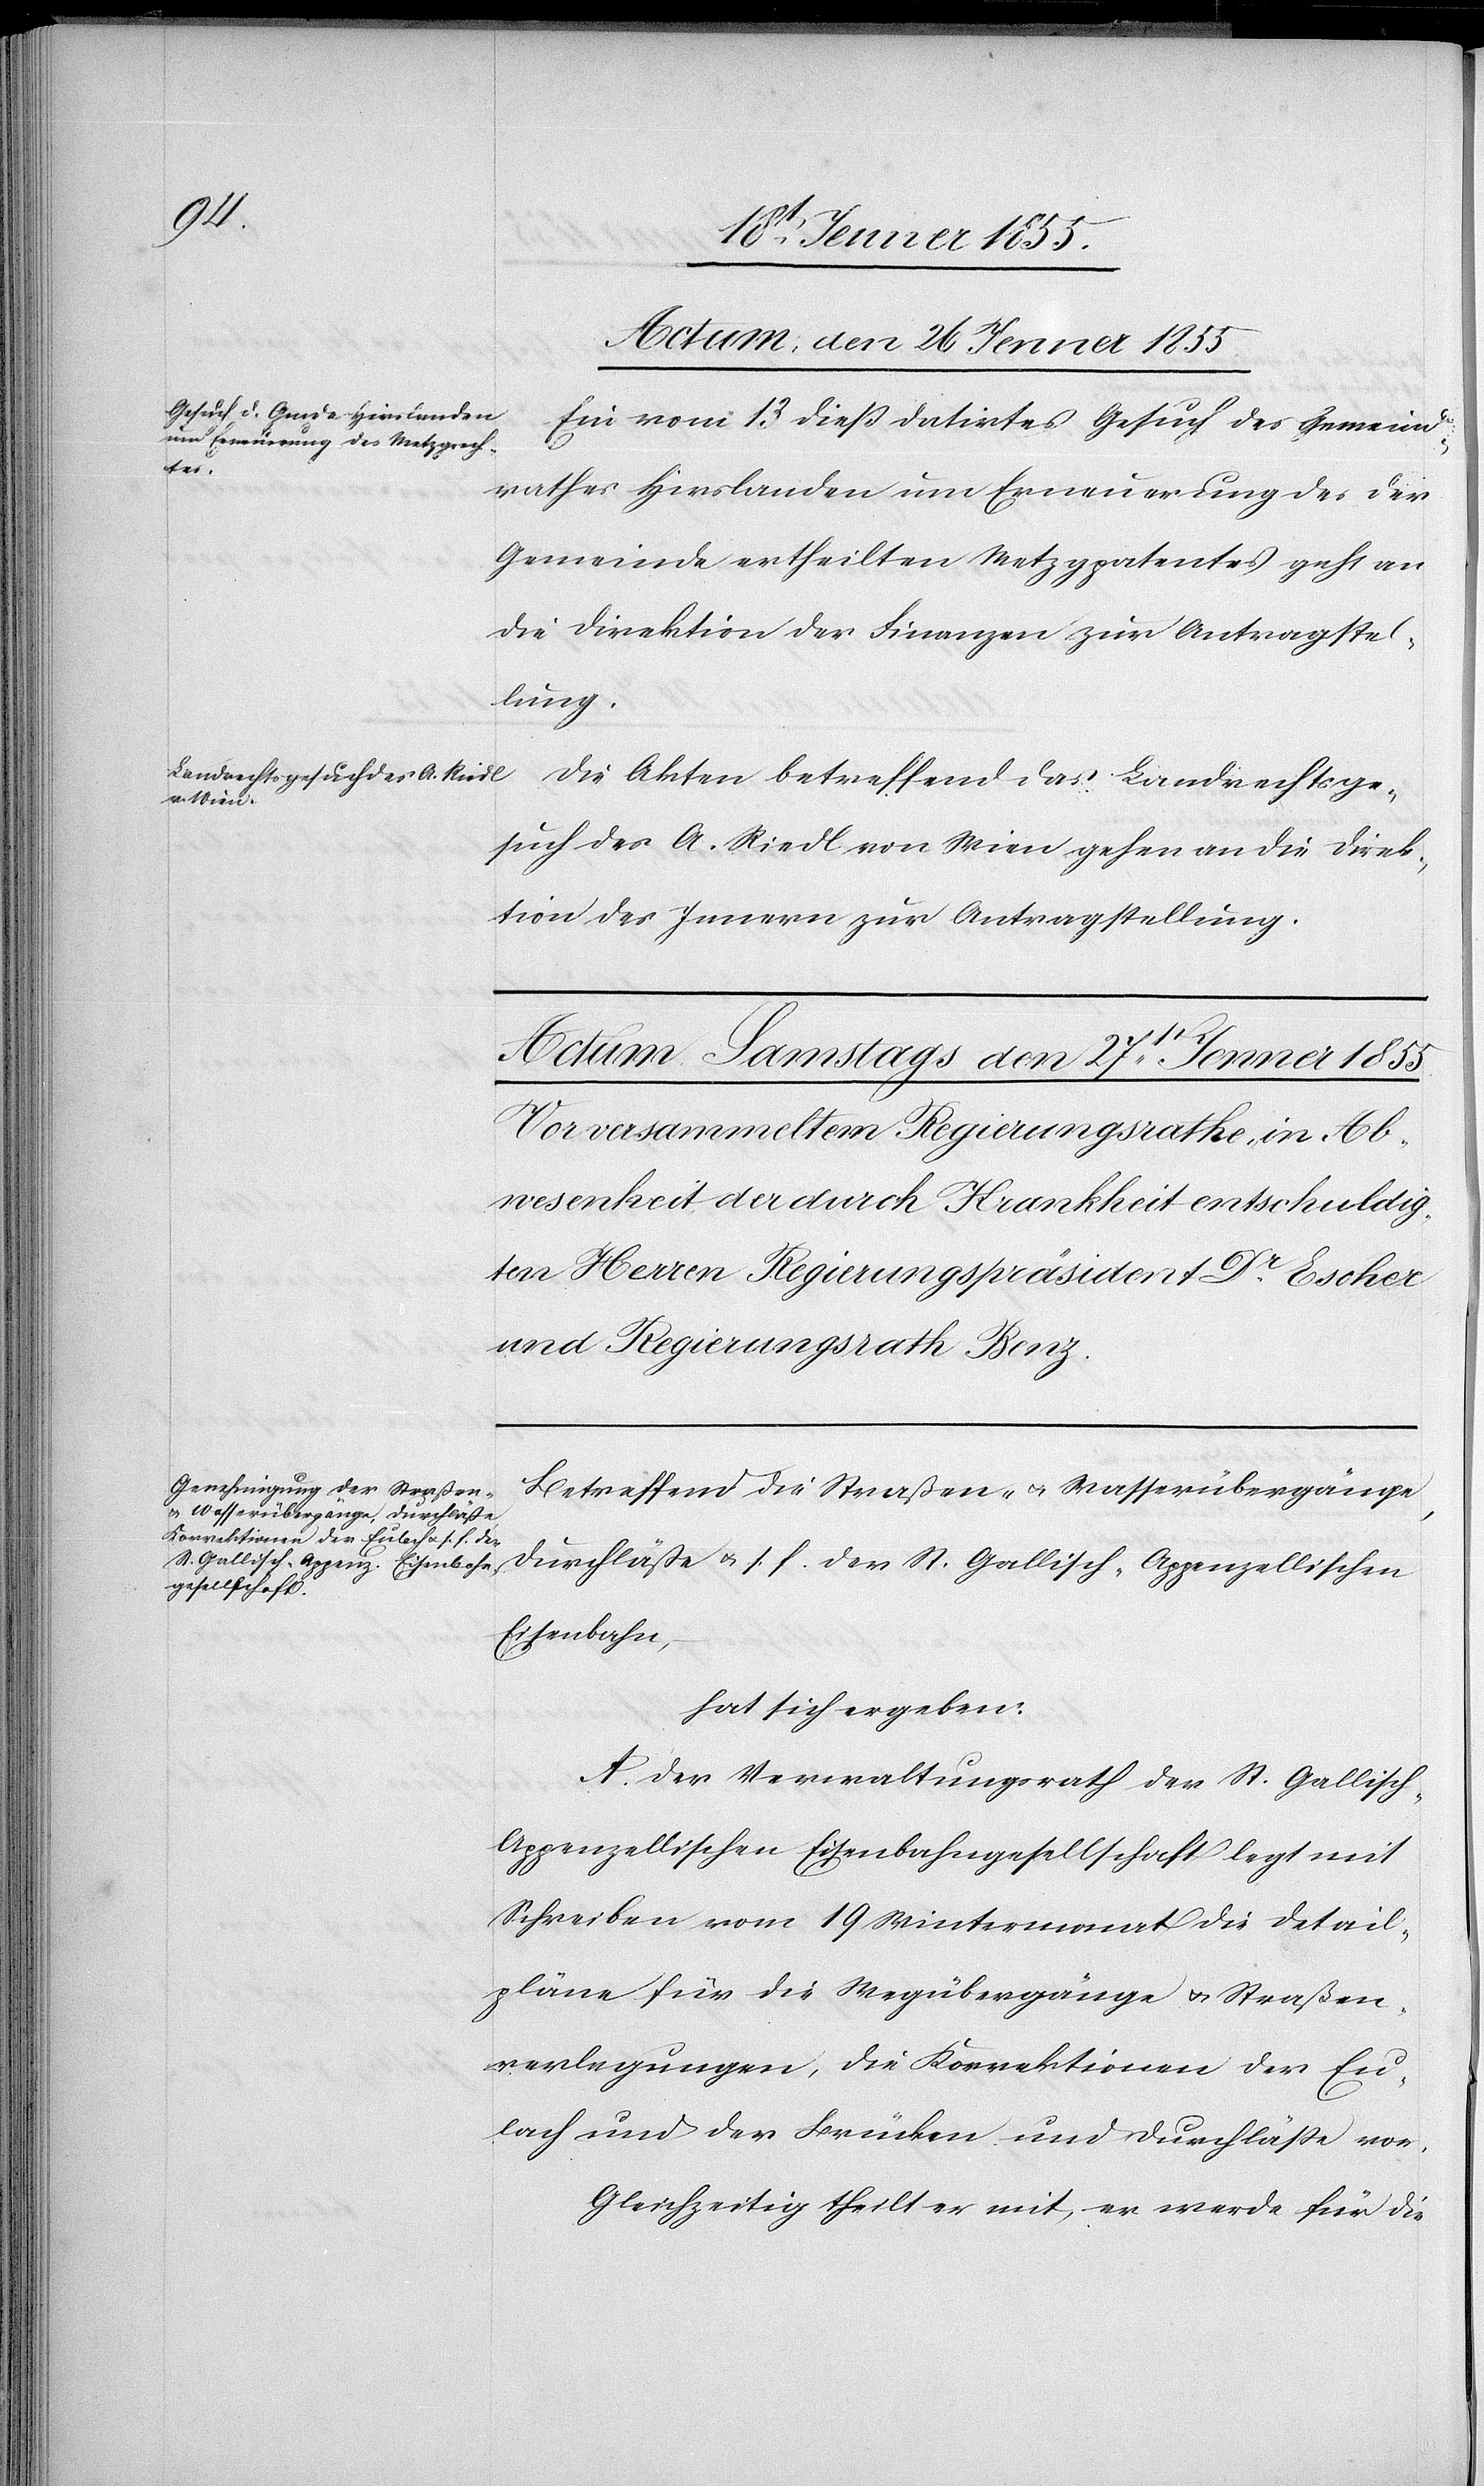
Actum, den 26 Jenner 1855.]
Ein vom 13 dieß datirtes Gesuch des Gemeind¬
rathes Hirslanden um Erneuerung des der
Gemeinde ertheilten Metzgpatentes geht an
die Direktion der Finanzen zur Antragstel¬
lung.
Die Akten betreffend das Landrechtsge¬
such des A. Riedl von Wien gehen an die Direk¬
tion des Innern zur Antragstellung.
Betreffend die Straßen- & Wasserübergänge,
Durchläße u. s. f. der St. Gallisch-Appenzellischen
Eisenbahn,
hat sich ergeben:
A. Der Verwaltungsrath der St. Gallisch-A¬
ppenzellischen Eisenbahngesellschaft legt mit
Schreiben vom 19 Wintermonat die Detail¬
pläne für die Wegübergänge & Straßen¬
verlegungen, die Korrektionen der Eu¬
lach und der Brücken und Durchläße vor.
Gleichzeitig theilt er mit, er werde für die